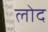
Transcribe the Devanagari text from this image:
लोद